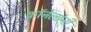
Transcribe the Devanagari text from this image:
कॉनेलांनी